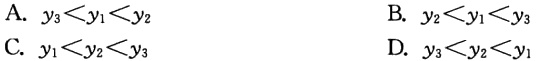
A. \(y_{3}<y_{1}<y_{2}\)
B. \(y_{2}<y_{1}<y_{3}\)
C. \(y_{1}<y_{2}<y_{3}\)
D. \(y_{3}<y_{2}<y_{1}\)